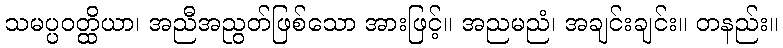
သမပ္ပဝတ္ထိယာ၊ အညီအညွတ်ဖြစ်သော အားဖြင့်။ အညမညံ၊ အချင်းချင်း။ တနည်း။